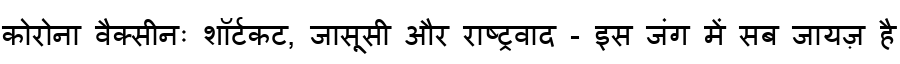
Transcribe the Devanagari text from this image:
कोरोना वैक्सीनः शॉर्टकट, जासूसी और राष्ट्रवाद - इस जंग में सब जायज़ है